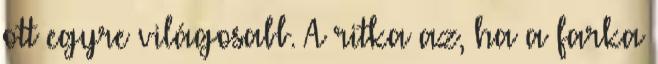
ott egyre világosabb. A ritka az, ha a farka